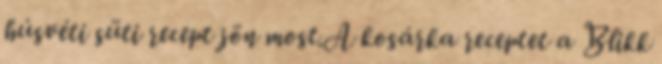
húsvéti süti recept jön most.A kosárka receptet a Blikk